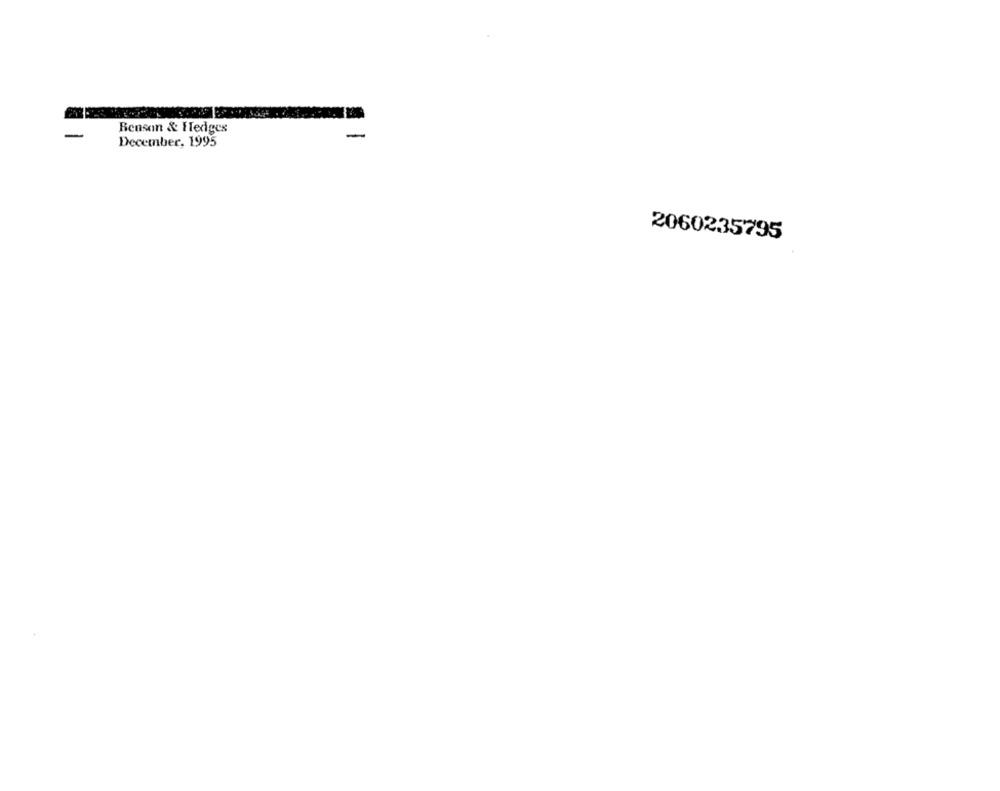
-
Benson & Hedges
-
December, 1995
2060235795